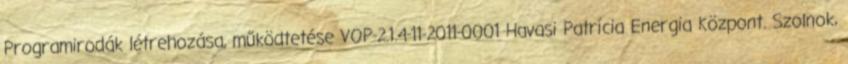
Programirodák létrehozása, működtetése VOP-2.1.4-11-2011-0001 Havasi Patrícia Energia Központ. Szolnok,